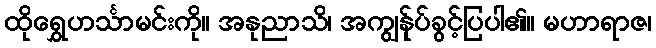
ထိုရွှေဟင်္သာမင်းကို။ အနုညာသိ၊ အကျွန်ုပ်ခွင့်ပြပါ၏။ မဟာရာဇ၊